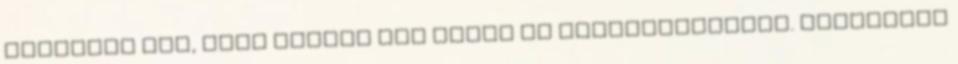
keresték fel, hogy újítsa fel antik és stílbútoraikat. Dolgozott